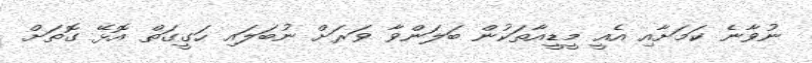
ނުވާނެ ކަމަށާއި އެއީ މީޑީއާތަކުން ބަލަންވާ ވަރަށް ނުބަލައި ހަގީގަތް އޮޅޭ ގޮތަށް